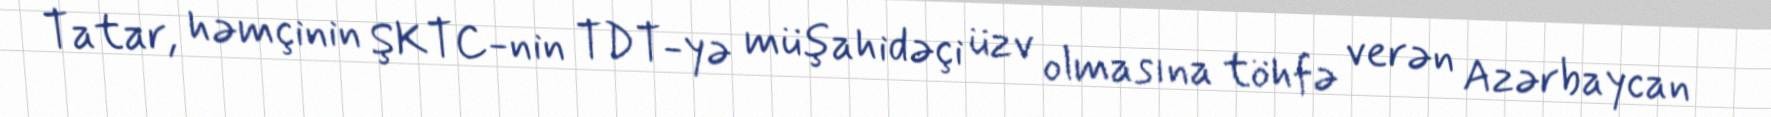
Tatar, həmçinin ŞKTC-nin TDT-yə müşahidəçi üzv olmasına töhfə verən Azərbaycan